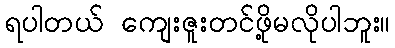
ရပါတယ် ကျေးဇူးတင်ဖို့မလိုပါဘူး။